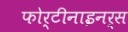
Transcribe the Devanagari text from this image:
फोर्टीनाइनर्स